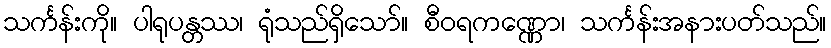
သင်္ကန်းကို။ ပါရုပန္တဿ၊ ရုံသည်ရှိသော်။ စီဝရကဏ္ဏော၊ သင်္ကန်းအနားပတ်သည်။